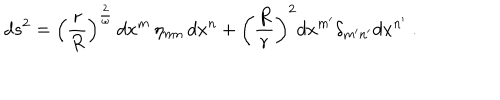
d s ^ { 2 } = \left( { \frac { r } { R } } \right) ^ { \frac { 2 } { \omega } } \, d x ^ { m } \, \eta _ { m n } \, d x ^ { n } + \left( { \frac { R } { r } } \right) ^ { 2 } d x ^ { m ^ { \prime } } \delta _ { m ^ { \prime } n ^ { \prime } } d x ^ { n ^ { \prime } } \ .